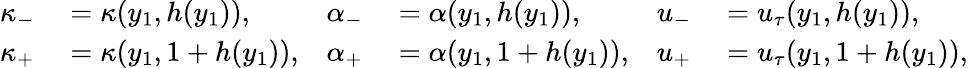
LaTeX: \begin{array}{rlrlrl}{\kappa_{-}}&{{}=\kappa(y_{1},h(y_{1})),}&{\alpha_{-}}&{{}=\alpha(y_{1},h(y_{1})),}&{u_{-}}&{{}=u_{\tau}(y_{1},h(y_{1})),}\\ {\kappa_{+}}&{{}=\kappa(y_{1},1+h(y_{1})),}&{\alpha_{+}}&{{}=\alpha(y_{1},1+h(y_{1})),}&{u_{+}}&{{}=u_{\tau}(y_{1},1+h(y_{1})),}\end{array}